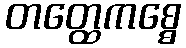
တတ္ထေကစ္စေ